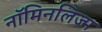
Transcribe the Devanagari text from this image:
नॉमिनलिज्म